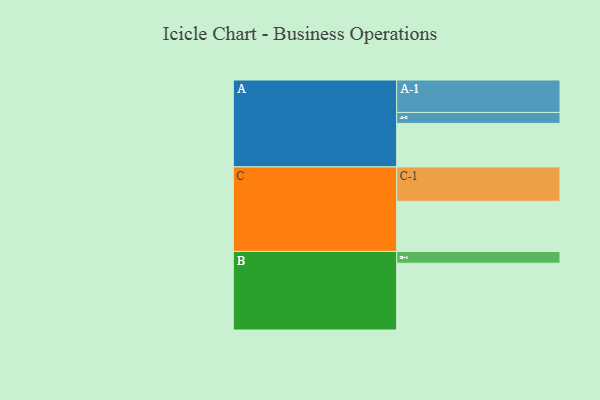
{"axis": {"x": "Segment", "y": "Value"}, "legend": ["", "A", "B", "C"], "data": [{"x": "A", "y": 365, "type": ""}, {"x": "B", "y": 560, "type": ""}, {"x": "C", "y": 420, "type": ""}, {"x": "A-1", "y": 272, "type": "A"}, {"x": "A-2", "y": 92, "type": "A"}, {"x": "B-1", "y": 99, "type": "B"}, {"x": "C-1", "y": 289, "type": "C"}]}